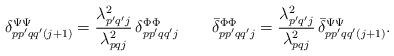
LaTeX: \begin{align*}\delta^{\Psi\Psi}_{pp'qq'(j+1)} = \frac{\lambda_{p'q'j}^2}{\lambda_{pqj}^2} \, \delta^{\Phi\Phi}_{pp'qq'j} \qquad\Bar{\delta}^{\Phi\Phi}_{pp'qq'j} = \frac{\lambda_{p'q'j}^2}{\lambda_{pqj}^2} \, \Bar{\delta}^{\Psi\Psi}_{pp'qq'(j+1)}.\end{align*}